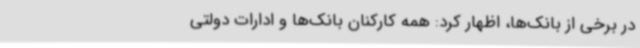
در برخی از بانک‌ها، اظهار کرد: همه کارکنان بانک‌ها و ادارات دولتی